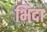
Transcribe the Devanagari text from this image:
भिदा